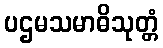
ပဌမသမာဓိသုတ္တံ